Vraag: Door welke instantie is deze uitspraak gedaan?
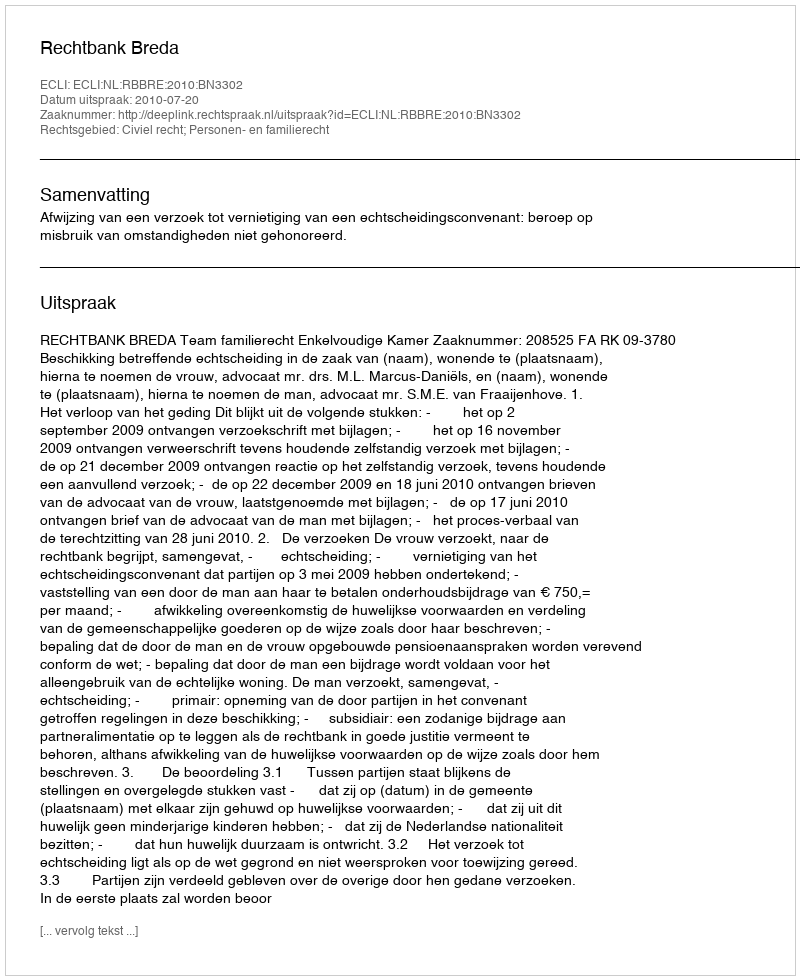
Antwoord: Rechtbank Breda